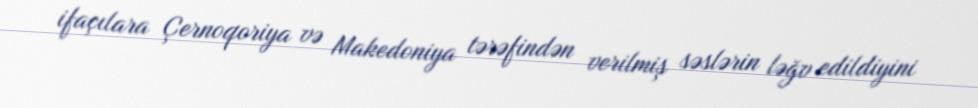
ifaçılara Çernoqoriya və Makedoniya tərəfindən verilmiş səslərin ləğv edildiyini